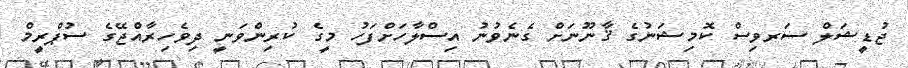
ޖުޑީޝަލް ސަރވިސް ކޮމިޝަނުގެ ޤާނޫނަށް ގެނެވުނު އިސްލާހަށްފަހު މީގެ ކުރިންވަނީ ދިވެހިރާއްޖޭގެ ސުޕްރީމް